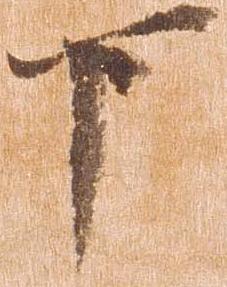
下